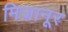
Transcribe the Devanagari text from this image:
मिज़ानूर